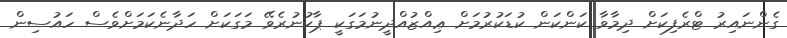
ގެންނައިރު ޓްރެފިކަށް ދިމާވާ ކަންކަން ކުޑަކުރުމަށް ޢިއްޒުއްދީނުމަގަކީ ޕާކުނުރެވޭ މަގަކަށް ހަދާނެކަމަށްވެސް ހައުސިން